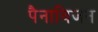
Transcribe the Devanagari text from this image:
पैनाविजन